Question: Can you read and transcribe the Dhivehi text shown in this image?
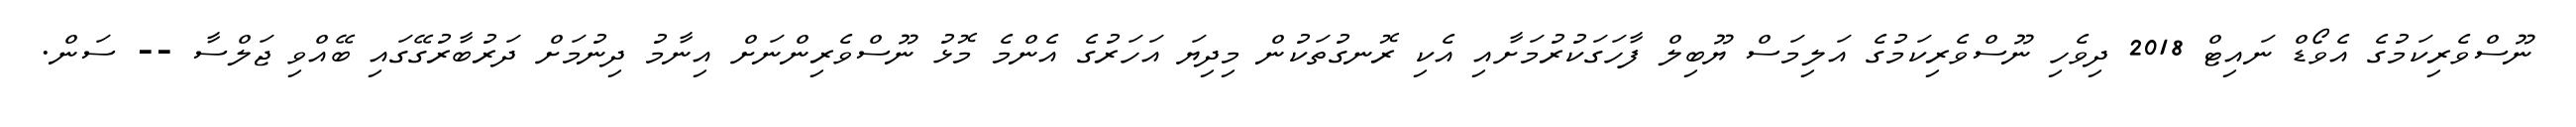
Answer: ނޫސްވެރިކަމުގެ އެވޯޑް ނައިޓް 2018 ދިވެހި ނޫސްވެރިކަމުގެ އަލިމަސް ޔޫބިލް ފާހަގަކުރުމަށާއި އެކި ރޮނގުތަކުން މިދިޔަ އަހަރުގެ އެންމެ މޮޅު ނޫސްވެރިންނަށް އިނާމު ދިނުމަށް ދަރުބާރުގޭގައި ބޭއްވި ޖަލްސާ -- ސަން.